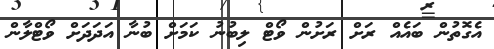
އެގޮތުން ބައެއް ރަށް ރަށުން ވޯޓް ލިބުނު ކަމަށް ބުނާ އަދަދަށް ވޯޓްލާން